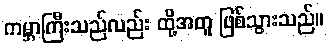
ကမ္ဘာကြီးသည်လည်း ထို့အတူ ဖြစ်သွားသည်။